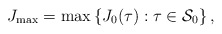
\begin{align*}J_{\max} = \max \left \{ J_0(\tau) : \tau \in \mathcal S_0 \right \}, \end{align*}